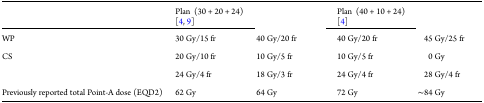
<table><thead><tr><td>[EMPTY_CELL]</td><td><b>Plan (30 + 20 + 24) [4, 9]</b></td><td>[EMPTY_CELL]</td><td><b>Plan (40 + 10 + 24) [4]</b></td><td>[EMPTY_CELL]</td></tr></thead><tbody><tr><td>WP</td><td>30 Gy/15 fr</td><td>40 Gy/20 fr</td><td>40 Gy/20 fr</td><td>45 Gy/25 fr</td></tr><tr><td>CS</td><td>20 Gy/10 fr</td><td>10 Gy/5 fr</td><td>10 Gy/5 fr</td><td>0 Gy</td></tr><tr><td>[EMPTY_CELL]</td><td>24 Gy/4 fr</td><td>18 Gy/3 fr</td><td>24 Gy/4 fr</td><td>28 Gy/4 fr</td></tr><tr><td>Previously reported total Point-A dose (EQD2)</td><td>62 Gy</td><td>64 Gy</td><td>72 Gy</td><td>∼84 Gy</td></tr></tbody></table>